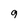
Character: 9